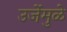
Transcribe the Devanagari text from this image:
उर्जेमुळे